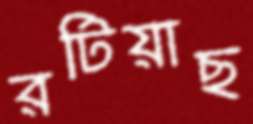
রটিয়াছ